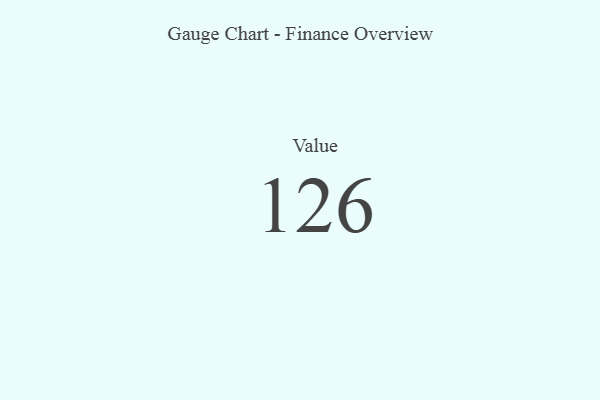
{"axis": {"x": "Metric", "y": "Value"}, "legend": [""], "data": [{"x": "Value", "y": 126, "type": ""}]}